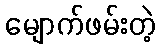
မျောက်ဖမ်းတဲ့